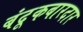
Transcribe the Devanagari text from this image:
बंदूकबारदार